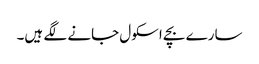
سارے بچے اسکول جانے لگے ہیں۔